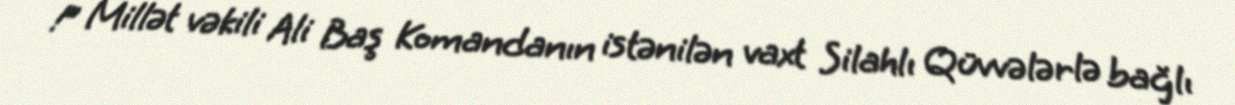
!” Millət vəkili Ali Baş Komandanın istənilən vaxt Silahlı Qüvvələrlə bağlı